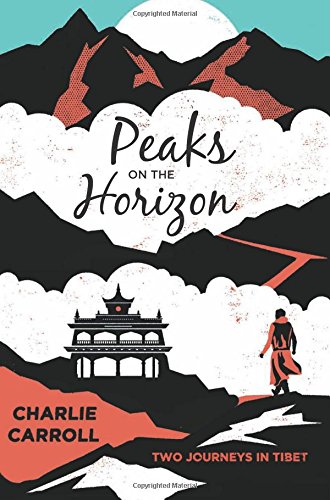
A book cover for Peaks on the Horizon: Two Journeys in Tibet; Charlie Carroll; Travel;